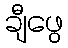
ချီဖွေ